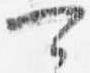
可